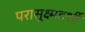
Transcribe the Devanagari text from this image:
परासूक्ष्मदर्शी